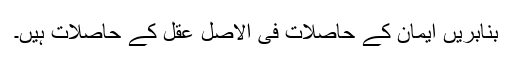
بِنابریں ایمان کے حاصلات فی الاصل عقل کے حاصلات ہیں۔